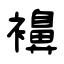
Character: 襣